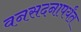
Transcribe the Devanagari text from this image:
वनसदनापर्यंत